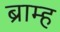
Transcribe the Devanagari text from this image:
ब्राम्ह